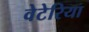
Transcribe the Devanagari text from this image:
वेटेरिया